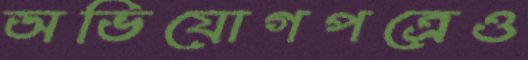
অভিযোগপত্রেও